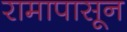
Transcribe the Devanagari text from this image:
रामापासून